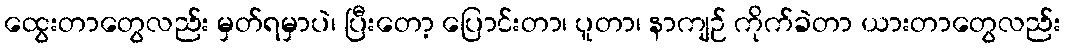
ထွေးတာတွေလည်း မှတ်ရမှာပဲ၊ ပြီးတော့ ပြောင်းတာ၊ ပူတာ၊ နာကျဉ် ကိုက်ခဲတာ ယားတာတွေလည်း